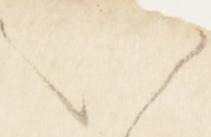
い